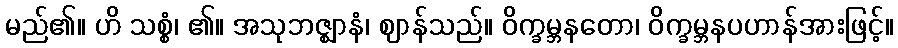
မည်၏။ ဟိ သစ္စံ၊ ၏။ အသုဘဇ္ဈာနံ၊ ဈာန်သည်။ ဝိက္ခမ္ဘနတော၊ ဝိက္ခမ္ဘနပဟာန်အားဖြင့်။